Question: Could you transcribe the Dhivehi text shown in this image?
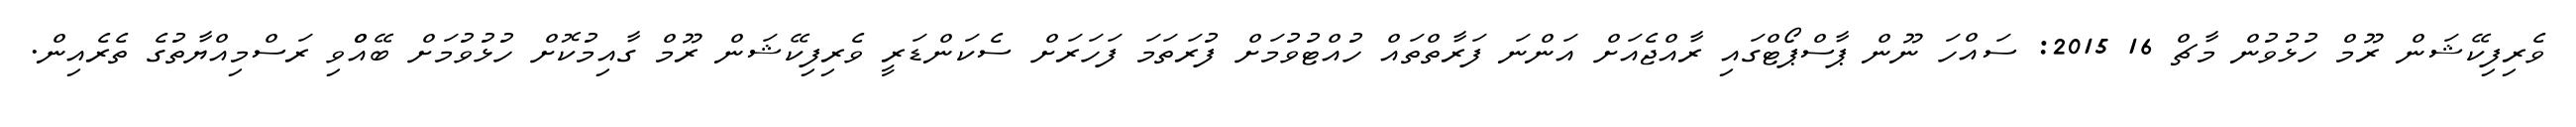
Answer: ވެރިފިކޭޝަން ރޫމް ހުޅުވުން މާޗް 16 2015: ސައްހަ ނޫން ޕާސްޕޯޓްގައި ރާއްޖެއަށް އަންނަ ފަރާތްތައް ހުއްޓުވުމަށް ފުރަތަމަ ފަހަރަށް ސެކަންޑަރީ ވެރިފިކޭޝަން ރޫމް ގާއިމުކޮށް ހުޅުވުމަށް ބޭއްްވި ރަސްމިއްޔާތުގެ ތެރެއިން.